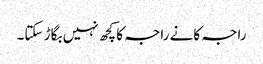
راجہ کانے راجہ کا کچھ نہیں بگاڑ سکتا۔